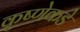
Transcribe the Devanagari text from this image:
कृष्णेकडे